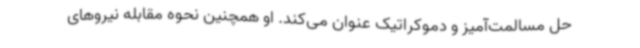
حل مسالمت‌آمیز و دموکراتیک عنوان می‌کند. او همچنین نحوه مقابله نیروهای